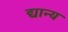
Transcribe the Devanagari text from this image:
द्यान्य